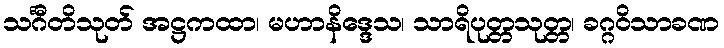
သင်္ဂီတိသုတ် အဋ္ဌကထာ၊ မဟာနိဒ္ဒေသ၊ သာရိပုတ္တသုတ္တ၊ ခဂ္ဂဝိသာခဏ